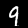
Label: 9